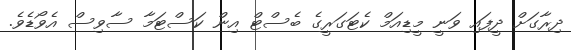
ދިރާގަށް ދީފައި ވަނީ މީޑިއަމް ކެޓަގަރީގެ ބެސްޓް އިން ކަސްޓަމާ ސާވިސް އެވޯޑެވެ.